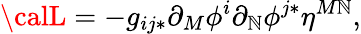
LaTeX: {\calL}=-g_{ij*}\partial_{M}\phi^{i}\partial_{\mathbb{N}}\phi^{j*}\eta^{M\mathbb{N}},